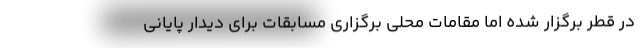
در قطر برگزار شده اما مقامات محلی برگزاری مسابقات برای دیدار پایانی